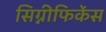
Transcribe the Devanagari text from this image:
सिग्नीफिकेंस